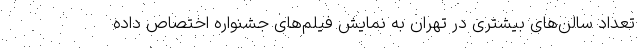
تعداد سالن‌های بیشتری در تهران به نمایش فیلم‌های جشنواره اختصاص داده